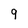
Character: 9